Vaccination Hyderabad 1890-1903 - 1890-1903
Year: 1890
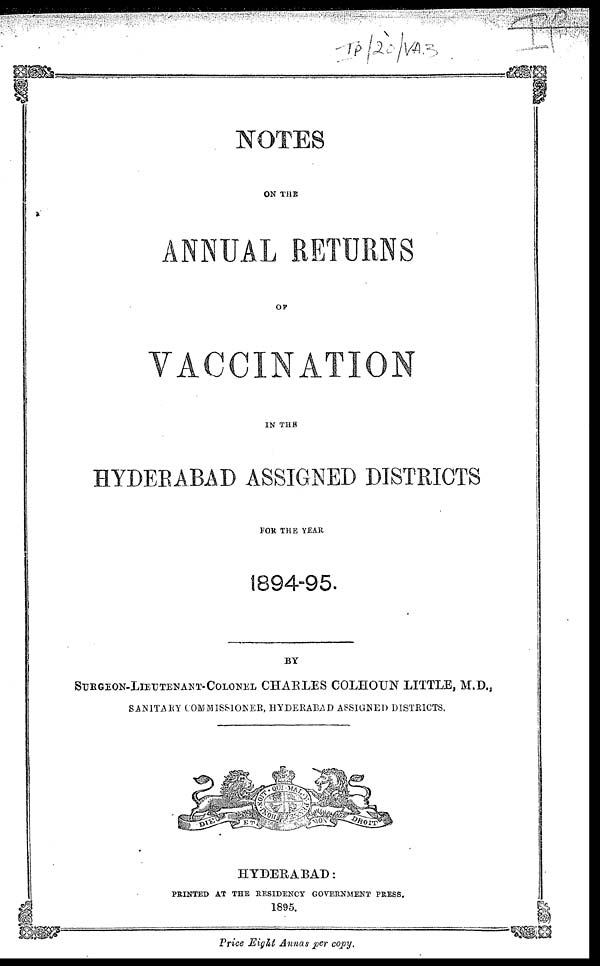
NOTES
ON THE
ANNUAL RETURNS
OF
VACCINATION
IN THE
HYDERABAD ASSIGNED DISTRICTS
FOR THE YEAR
1894-95.
BY
SURGEON-LIEUTENANT-COLONEL CHARLES COLHOUN LITTLE, M.D.,
SANITARY COMMISSIONER, HYDERABAD ASSIGNED DISTRICTS.
HYDERABAD:
PRINTED AT THE RESIDENCY GOVERNMENT PRESS.
1895.
Price Eight Annas per copy.